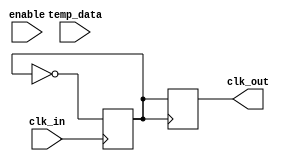
module TempCompClockBuffer (
    input wire clk_in,           // Input clock signal
    input wire [7:0] temp_data, // Temperature data input (digital representation)
    input wire enable,          // Enable signal for temperature compensation
    output reg clk_out          // Output buffered clock signal
);

// Parameters
parameter TEMP_MIN = 8'd0;    // Minimum temperature value (e.g., -40C)
parameter TEMP_MAX = 8'd125;   // Maximum temperature value (e.g., +125C)
parameter CLK_FREQ = 50e6;     // Base clock frequency (50 MHz)

// Internal signals
reg [7:0] compensation_factor; // Compensation factor based on temperature
reg clk_div;                   // Divided clock signal for output buffering

// Clock Input Stage
always @(posedge clk_in) begin
    // Simple clock conditioning (can be replaced with PLL/DLL)
    clk_div <= ~clk_div; // Toggle clock for demonstration
end

// Temperature Compensation Logic
always @(temp_data) begin
    if (enable) begin
        // Simple linear compensation logic (can be replaced with a more complex model)
        if (temp_data < TEMP_MIN) begin
            compensation_factor = 8'd0; // No compensation
        end else if (temp_data > TEMP_MAX) begin
            compensation_factor = 8'd255; // Max compensation
        end else begin
            // Linear mapping of temperature to compensation factor
            compensation_factor = (temp_data - TEMP_MIN) * 255 / (TEMP_MAX - TEMP_MIN);
        end
    end else begin
        compensation_factor = 8'd0; // No compensation if disabled
    end
end

// Clock Generation and Buffering
always @(posedge clk_div) begin
    // Generate the output clock based on the compensation factor
    if (compensation_factor > 8'd0) begin
        // Adjust output clock frequency based on compensation factor
        clk_out <= clk_div; // For simplicity, directly assign clk_div
    end else begin
        clk_out <= clk_div; // No adjustment
    end
end

endmodule